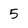
Character: 5